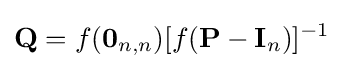
\mathbf {Q} =f(\mathbf {0} _{n,n})[f(\mathbf {P} -\mathbf {I} _{n})]^{-1}